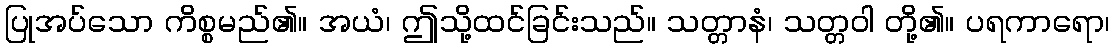
ပြုအပ်သော ကိစ္စမည်၏။ အယံ၊ ဤသို့ထင်ခြင်းသည်။ သတ္တာနံ၊ သတ္တဝါ တို့၏။ ပရကာရော၊